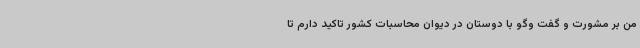
من بر مشورت و گفت وگو با دوستان در دیوان محاسبات کشور تاکید دارم تا